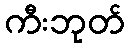
ကီးဘုတ်